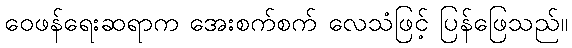
ဝေဖန်ရေးဆရာက အေးစက်စက် လေသံဖြင့် ပြန်ဖြေသည်။